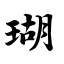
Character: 瑚